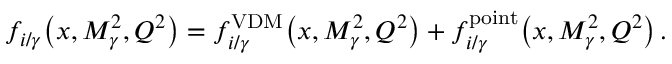
f _ { i / \gamma } \! \left( x , M _ { \gamma } ^ { 2 } , Q ^ { 2 } \right) = f _ { i / \gamma } ^ { \mathrm { V D M } } \! \left( x , M _ { \gamma } ^ { 2 } , Q ^ { 2 } \right) + f _ { i / \gamma } ^ { \mathrm { p o i n t } } \! \left( x , M _ { \gamma } ^ { 2 } , Q ^ { 2 } \right) .